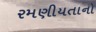
રમણીયતાનો